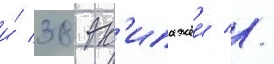
и́ 38 эк'ипажеи //